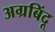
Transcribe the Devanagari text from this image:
अग्रबिंदू